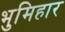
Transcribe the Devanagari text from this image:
भुमिहार